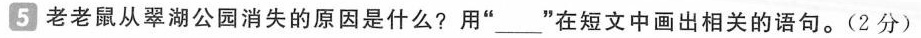
5老老鼠从翠湖公园消失的原因是什么?用”___”在短文中画出相关的语句。(2分)